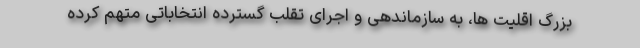
بزرگ اقلیت ها، به سازماندهی و اجرای تقلب گسترده انتخاباتی متهم کرده